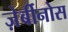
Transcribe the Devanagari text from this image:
ज़ेर्बीनोस